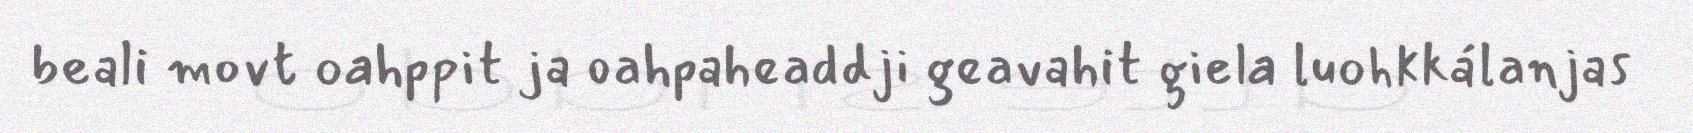
beali movt oahppit ja oahpaheaddji geavahit giela luohkkálanjas